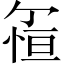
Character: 𱞵